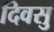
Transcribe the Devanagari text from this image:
दिवसु